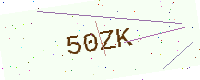
Text: 50ZK